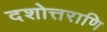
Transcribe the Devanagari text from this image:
दशोत्तराणि